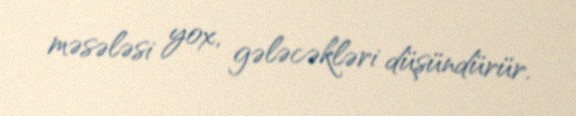
məsələsi yox, gələcəkləri düşündürür.